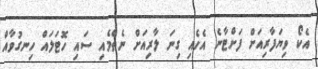
އެކޯ ވިޔަފާރިއަށް ފަށްޓާނެ އެހެއި ގިނަ ލާރިއަށް ނެތްމެއި ސައި ހޮޓަލައް ހިނގުވާއް